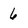
Character: 6